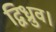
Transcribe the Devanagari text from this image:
द्विध्रुव।